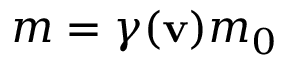
m = \gamma ( \mathbf { v } ) m _ { 0 }